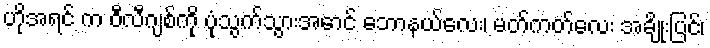
ဟိုအရင် က ဝီလီဂျစ်ကို ပုံသွက်သွားအောင် ဘောနယ်လေး၊ မတ်ကတ်လေး အချိုးပြင်၊